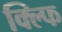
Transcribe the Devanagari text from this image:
क्ल्फि